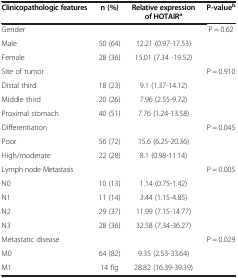
<table><thead><tr><td><b>Clinicopathologic features</b></td><td><b>n (%)</b></td><td><b>Relative expression of HOTAIR<sup>a</sup></b></td><td><b>P-value<sup>b</sup></b></td></tr></thead><tbody><tr><td>Gender</td><td> </td><td> </td><td>P = 0.62</td></tr><tr><td>Male</td><td>50 (64)</td><td>12.21 (0.97-17.53)</td><td> </td></tr><tr><td>Female</td><td>28 (36)</td><td>15.01 (7.34 -19.52)</td><td> </td></tr><tr><td>Site of tumor</td><td> </td><td> </td><td>P = 0.910</td></tr><tr><td>Distal third</td><td>18 (23)</td><td>9.1 (1.37-14.12)</td><td> </td></tr><tr><td>Middle third</td><td>20 (26)</td><td>7.96 (2.55-9.72)</td><td> </td></tr><tr><td>Proximal stomach</td><td>40 (51)</td><td>7.76 (1.24-13.58)</td><td> </td></tr><tr><td>Differentiation</td><td> </td><td> </td><td>P = 0.045</td></tr><tr><td>Poor</td><td>56 (72)</td><td>15.6 (6.25-20.36)</td><td> </td></tr><tr><td>High/moderate</td><td>22 (28)</td><td>8.1 (0.98-11.14)</td><td> </td></tr><tr><td>Lymph node Metastasis</td><td> </td><td> </td><td>P = 0.005</td></tr><tr><td>N0</td><td>10 (13)</td><td>1.14 (0.75-1.42)</td><td> </td></tr><tr><td>N1</td><td>11 (14)</td><td>3.44 (1.15-4.85)</td><td> </td></tr><tr><td>N2</td><td>29 (37)</td><td>11.99 (7.15-14.77)</td><td> </td></tr><tr><td>N3</td><td>28 (36)</td><td>32.58 (7.34-36.27)</td><td> </td></tr><tr><td>Metastatic disease</td><td> </td><td> </td><td>P = 0.029</td></tr><tr><td>M0</td><td>64 (82)</td><td>9.35 (2.53-33.64)</td><td> </td></tr><tr><td>M1</td><td>14 fig</td><td>28.82 (16.39-39.39)</td><td> </td></tr></tbody></table>